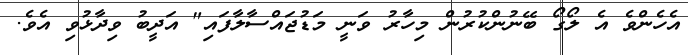
އެހެންވެ އެ ލޯގޯ ބޭނުންކުރުން މިހާރު ވަނީ މަޑުޖައްސާލާފައި" އަދީބު ވިދާޅުވި އެވެ.